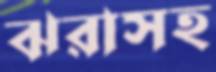
ঝরাসহ